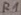
Text: R1